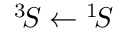
^ 3 \! S \leftarrow { } ^ { 1 } \! S